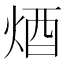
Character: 𨟽